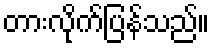
တားလိုက်ပြန်သည်။